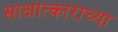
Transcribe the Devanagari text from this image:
साक्षात्काराच्या